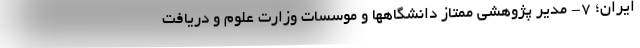
ایران؛ ۷- مدیر پژوهشی ممتاز دانشگاهها و موسسات وزارت علوم و دریافت